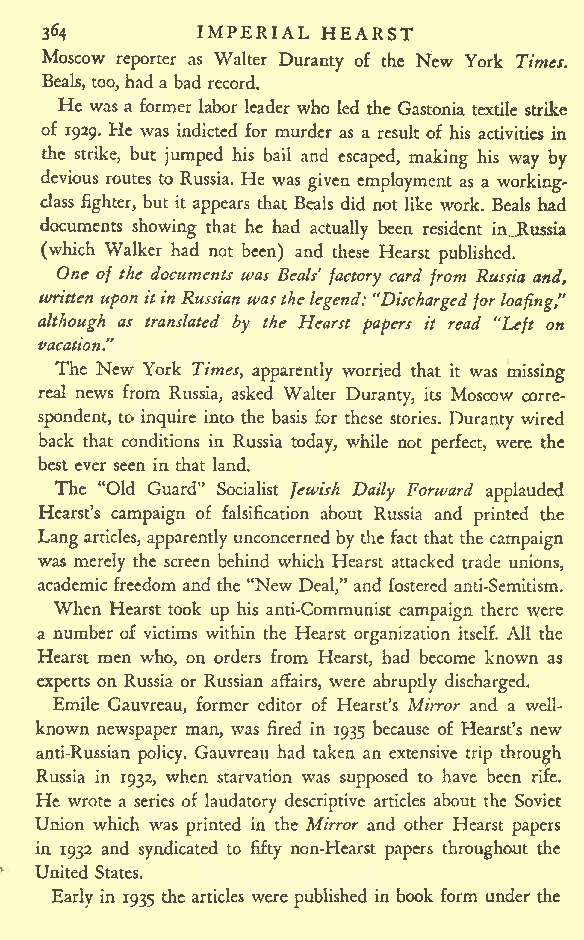
IMPERIAL HEARST
 3*4
 Moscow reporter as Walter Duranty of the New York Times.
 Beals, too, hada bad record.
 He was a former labor leader who led the Gastonia textile strike
 of 1929. He was indicted for murder as a result of his activities in
 the strike, but jumped his bail and escaped, making his way by
 devious routes to Russia. He was given employment as a working-
 class fighter, but it appears that Beals did not like work. Beals had
 documents showing that he had actually been resident in...Russia
 (which Walker had not been) and these Hearst published.
 One of the documents was Beds' factory card from Russia and,
 written upon itin Russian wasthelegend: "Dischargedforloafing,"
 although as translated by the Hearst papers it read "Left on
 vacation."
 The New York Times, apparently worried that it was missing
 real news from Russia, asked Walter Duranty, its Moscow corre-
 spondent, to inquire into the basis for these stories. Duranty wired
 back that conditions in Russia today, while not perfect, were the
 best ever seen in that land.
 The "Old Guard" Socialist Jewish Daily Forward applauded
 Hearst's campaign of falsification about Russia and printed the
 Langarticles, apparently unconcerned by the fact that the campaign
 was merely the screen behind which Hearst attacked trade unions,
 academic freedom and the "New Deal," and fostered anti-Semitism.
 When Hearst took up his anti-Communist campaign there were
 a number of victims within the Hearst organization itself. All the
 Hearst men who, on orders from Hearst, had become known as
 experts on Russia or Russian affairs, were abruptly discharged.
 Emile Gauvreau, former editor of Hearst's Mirror and a well-
 known newspaper man, was fired in 1935 because of Hearst's new
 anti-Russian policy. Gauvreau had taken an extensive trip through
 Russia in 1932, when starvation was supposed to have been rife.
 He wrote a series of laudatory descriptive articles about the Soviet
 Union which was printed in the Mirror and other Hearst papers
 in 1932 and syndicated to fifty non-Hearst papers throughout the
 United States.
 Early in 1935 the articles were published in book form under the